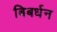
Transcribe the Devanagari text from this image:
बिबर्धन